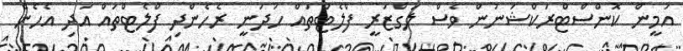
އަމީން ކޮންސްޓްރަކްޝަނުން ވެސް ލަގްޒަރީ ފްލެޓްތައް ހަދަނީ ރެހެންދި ފްލެޓްތައް އަދި އެހެން